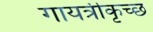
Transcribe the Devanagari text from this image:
गायत्रीकृच्छ